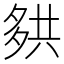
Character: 𰋑